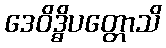
ဒေဝိဒ္ဓိပတ္တောသိ